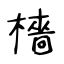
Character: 檣